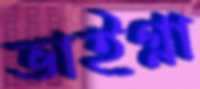
ভাইগ্না